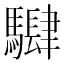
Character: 𱄵